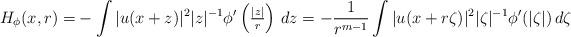
LaTeX: \begin{align*}H_\phi (x,r) = & - \int |u (x+z)|^2 |z|^{-1} \phi' \left({\textstyle\frac{|z|}{r}}\right)\, dz= - \frac{1}{r^{m-1}} \int |u (x+r\zeta)|^2 |\zeta|^{-1} \phi' (|\zeta|)\, d\zeta\end{align*}